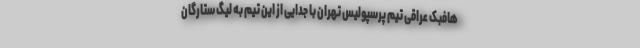
هافبک عراقی تیم پرسپولیس تهران با جدایی از این تیم به لیگ ستارگان